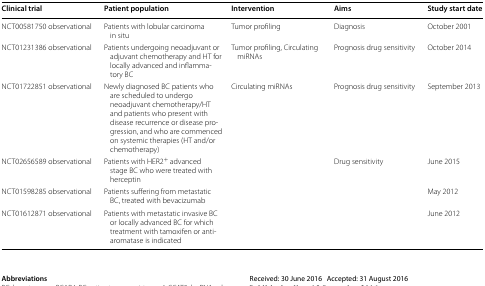
| Clinical trial | Patient population | Intervention | Aims | Study start date |
 | --- | --- | --- | --- | --- |
 | NCT00581750 observational | Patients with lobular carcinoma in situ | Tumor profiling | Diagnosis | October 2001 |
 | NCT01231386 observational | Patients undergoing neoadjuvant or adjuvant chemotherapy and HT for locally advanced and inflammatory BC | Tumor profiling, Circulating miRNAs | Prognosis drug sensitivity | October 2014 |
 | NCT01722851 observational | Newly diagnosed BC patients who are scheduled to undergo neoadjuvant chemotherapy/HT and patients who present with disease recurrence or disease progression, and who are commenced on systemic therapies (HT and/or chemotherapy) | <ROWSPAN=4> Circulating miRNAs | Prognosis drug sensitivity | September 2013 |
 | NCT02656589 observational | Patients with HER2+ advanced stage BC who were treated with herceptin | <ROWSPAN=3> Drug sensitivity | June 2015 |
 | NCT01598285 observational | Patients suffering from metastatic BC, treated with bevacizumab | May 2012 |
 | NCT01612871 observational | Patients with metastatic invasive BC or locally advanced BC for which treatment with tamoxifen or anti-aromatase is indicated | June 2012 |